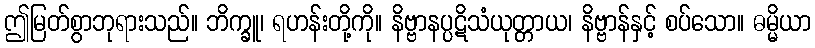
ဤမြတ်စွာဘုရားသည်။ ဘိက္ခူ၊ ရဟန်းတို့ကို။ နိဗ္ဗာနပ္ပဋိသံယုတ္တာယ၊ နိဗ္ဗာန်နှင့် စပ်သော။ ဓမ္မိယာ